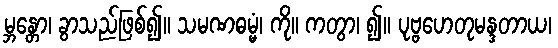
မ္ဘန္တော၊ ခွာသည်ဖြစ်၍။ သမဏဓမ္မံ၊ ကို။ ကတွာ၊ ၍။ ပုဗ္ဗဟေတုမန္ဒတာယ၊